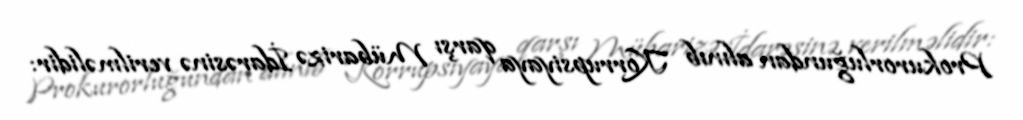
Prokurorluğundan alınıb Korrupsiyaya qarşı Mübarizə İdarəsinə verilməlidir: